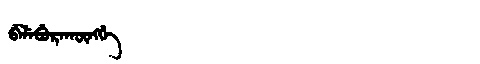
Manchu: ᠪᡝᠯᡝᠪᡠᡵᠠᡴᡡᠩᡤᡝ
Romanization: BELEBURAKŪNGGE